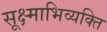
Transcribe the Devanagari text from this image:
सूक्ष्माभिव्यक्ति